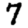
Digit: 7